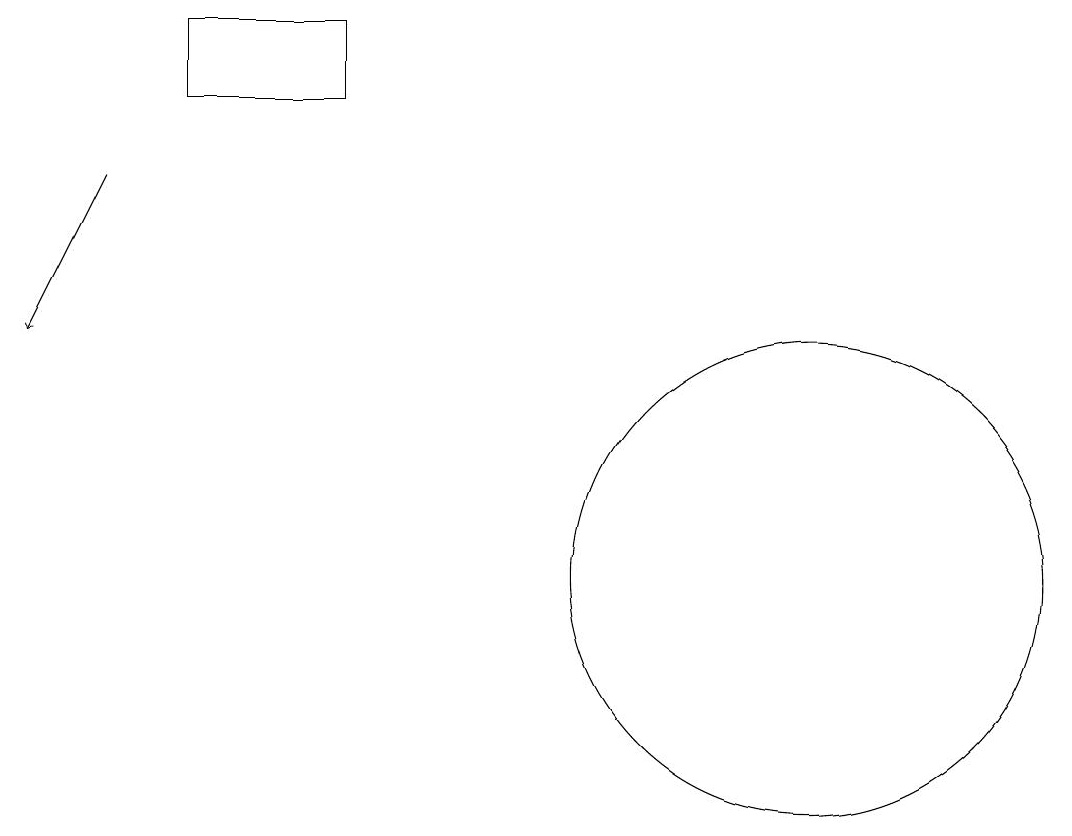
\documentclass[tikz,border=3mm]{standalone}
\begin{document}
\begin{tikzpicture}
\draw (11,11) circle (3);
\draw[->] (2,16) -- (1,14);
\draw (3,18) rectangle (5,17);
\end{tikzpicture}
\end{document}